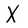
Character: X